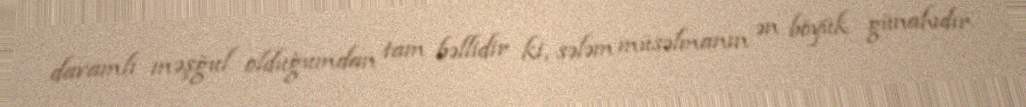
davamlı məşğul olduğumdan tam bəllidir ki, sələm müsəlmanın ən böyük günahıdır.